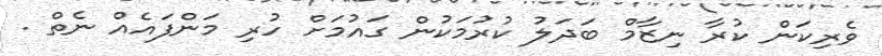
ވެރިކަން ކުރާ ނިޒާމް ބަދަލު ކުރުމަކުން ގައުމަށް ހުރި މަންފައެއް ނެތް .